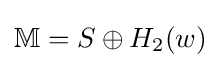
\textstyle \mathbb {M} =S\oplus H_{2}(w)